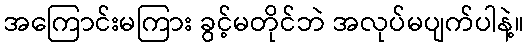
အကြောင်းမကြား ခွင့်မတိုင်ဘဲ အလုပ်မပျက်ပါနဲ့။